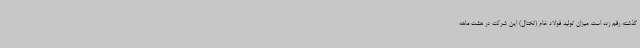
گذشته رقم زده است. میزان تولید فولاد خام (تختال) این شرکت در هشت ماهه